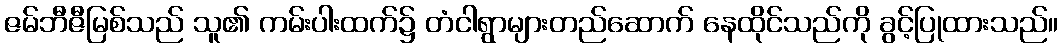
ဇမ်ဘီဇီမြစ်သည် သူ၏ ကမ်းပါးထက်၌ တံငါရွာများတည်ဆောက် နေထိုင်သည်ကို ခွင့်ပြုထားသည်။